[Report on the health of British troops in the Madras command]
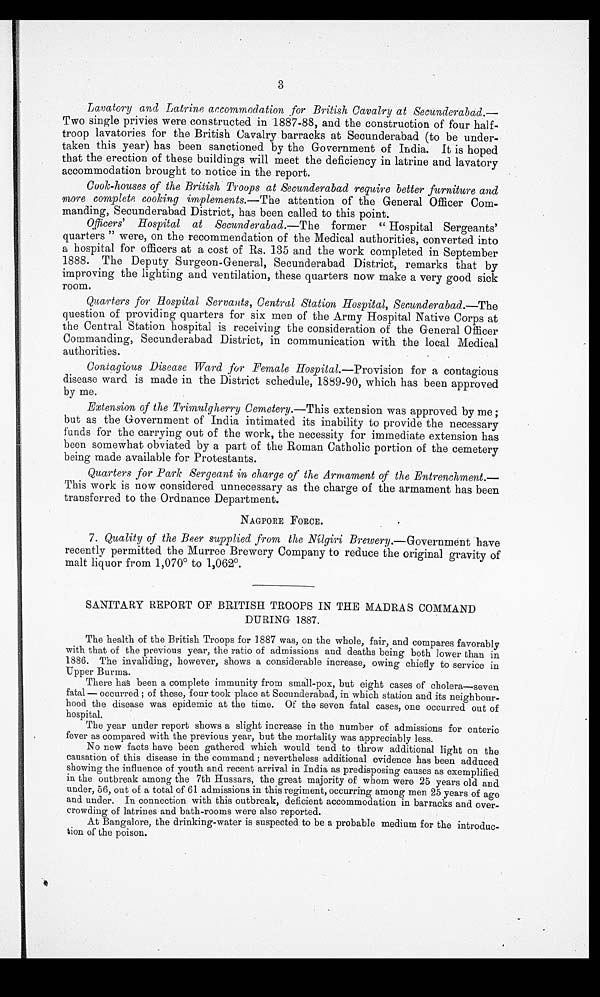
3
Lavatory and Latrine accommodation for British Cavalry at Secunderabad.—
Two single privies were constructed in 1887-88, and the construction of four half
-troop lavatories for the British Cavalry barracks at Secunderabad (to be under
-taken this year) has been sanctioned by the Government of India. It is hoped
that the erection of these buildings will meet the deficiency in latrine and lavatory
accommodation brought to notice in the report.
Cook-houses of the British Troops at Secunderabad require better furniture and
more complete cooking implements.— The attention of the General Officer Com
-manding, Secunderabad District, has been called to this point.
Officers' Hospital at Secunderabad.—The former " Hospital Sergeants'
quarters " were, on the recommendation of the Medical authorities, converted into
a hospital for officers at a cost of Rs. 135 and the work completed in September
1888. The Deputy Surgeon-General, Secunderabad District, remarks that by
improving the lighting and ventilation, these quarters now make a very good sick
room.
Quarters for Hospital Servants, Central Station Hospital, Secunderabad.—The
question of providing quarters for six men of the Army Hospital Native Corps at
the Central Station hospital is receiving the consideration of the General Officer
Commanding, Secunderabad District, in communication with the local Medical
authorities.
Contagious Disease Ward for Female Hospital. —Provision for a contagious
disease ward is made in the District schedule, 1889-90, which has been approved
by me.
Extension of the Trimulgherry Cemetery. —This extension was approved by me;
but as the Government of India intimated its inability to provide the necessary
funds for the carrying out of the work, the necessity for immediate extension has
been somewhat obviated by a part of the Roman Catholic portion of the cemetery
being made available for Protestants.
Quarters for Park Sergeant in charge of the Armament of the Entrenchment.—
This work is now considered unnecessary as the charge of the armament has been
transferred to the Ordnance Department.
NAGPORE FORCE.
7. Quality of the Beer supplied from the Nílgiri Brewery.—Government have
recently permitted the Murree Brewery Company to reduce the original gravity of
malt liquor from 1,070º to 1,062º.
SANITARY REPORT OF BRITISH TROOPS IN THE MADRAS COMMAND
DURING 1887.
The health of the British Troops for 1887 was, on the whole, fair, and compares favorably
with that of the previous year, the ratio of admissions and deaths being both lower than in
1886. The invaliding, however, shows a considerable increase, owing chiefly to service in
Upper Burma.
There has been a complete immunity from small-pox, but eight cases of cholera—seven
fatal — occurred; of these, four took place at Secunderabad, in which station and its neighbour
-hood the disease was epidemic at the time. Of the seven fatal cases, one occurred out of
hospital.
The year under report shows a slight increase in the number of admissions for enteric
fever as compared with the previous year, but the mortality was appreciably less.
No new facts have been gathered which would tend to throw additional light on the
causation of this disease in the command; nevertheless additional evidence has been adduced
showing the influence of youth and recent arrival in India as predisposing causes as exemplified
in the outbreak among the 7th Hussars, the great majority of whom were 25 years old and
under, 56, out of a total of 61 admissions in this regiment, occurring among men 25 years of age
and under. In connection with this outbreak, deficient accommodation in barracks and over
-crowding of latrines and bath-rooms were also reported.
At Bangalore, the drinking-water is suspected to be a probable medium for the introduc
-tion of the poison.